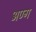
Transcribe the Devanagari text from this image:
अण्ग